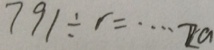
7 9 1 \div r = \cdots 2 a